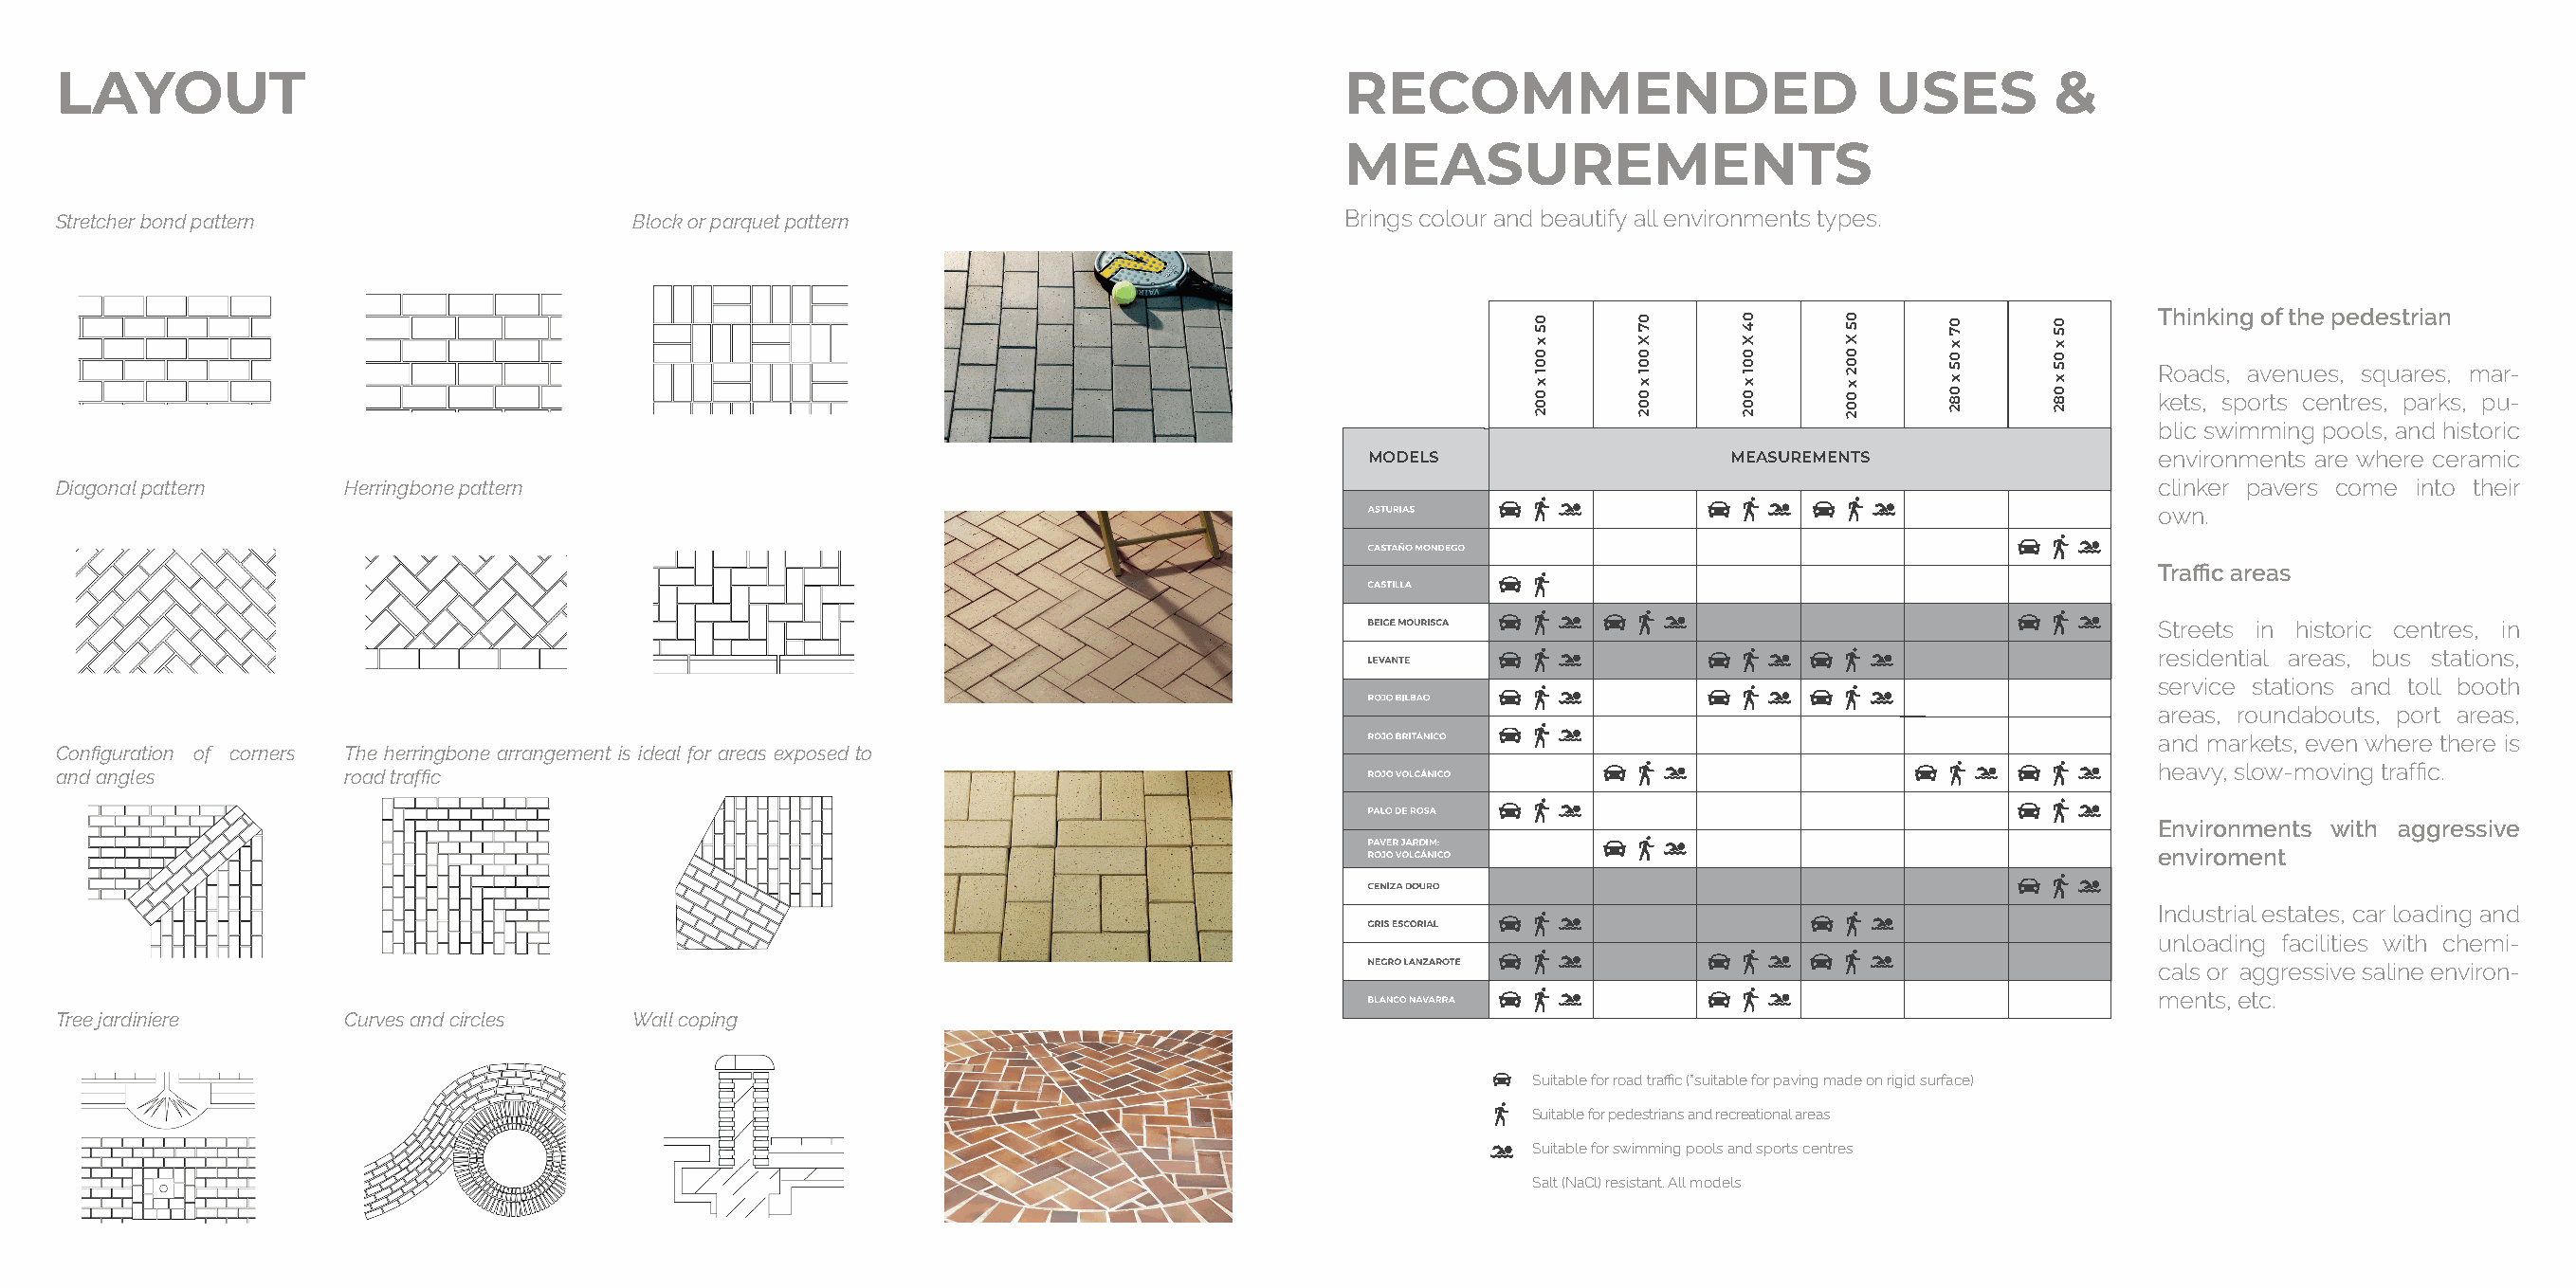
LAYOUT                                                                                    RECOMMENDED                          USES        &
 MEASUREMENTS
 Stretcher bond pattern                  Block or parquet pattern                          Brings colour and beautify all environments types.
 Thinking of the pedestrian
 Roads, avenues, squares, mar-
 kets, sports centres, parks, pu-
 blic swimming pools, and historic
 MODELS                    MEASUREMENTS                  environments are where ceramic
 Diagonal pattern    Herringbone pattern                                                                                                            clinker pavers come into their
 own.
 Traffic areas
 Streets in historic centres, in
 residential areas, bus stations,
 service stations and toll booth
 areas, roundabouts, port areas,
 and markets, even where there is
 Configuration of corners The herringbone arrangement is ideal for areas exposed to
 heavy, slow-moving traffic.
 and angles          road traffic
 Environments with aggressive
 enviroment
 Industrial estates, car loading and
 unloading facilities with chemi-
 cals or aggressive saline environ-
 ments, etc.
 Tree jardiniere     Curves and circles  Wall coping
 Suitable for road traffic (*suitable for paving made on rigid surface)
 Suitable for pedestrians and recreational areas
 Suitable for road traffic (*suitable for paving made on rigid surface)
 Suitable for swimming pools and sports centres
 Suitable for pedestrians and recreational areas
 Salt (NaCl) resistant. All models
 Suitable for swimming pools and sports centres
 Salt (NaCl) resistant. All models
 05
 x
 001
 x 002
 07
 X
 001
 x 002
 04
 X
 001
 x 002
 05
 X
 002
 x 002
 07
 x
 05
 x 082
 05
 x
 05
 x 082